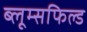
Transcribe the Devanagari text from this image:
ब्लूम्सफिल्ड